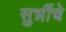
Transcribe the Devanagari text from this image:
सुन्नींचे